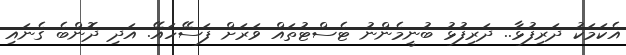
އެކަމަކު ދަރިފުޅާ.. ދަރިފުޅު ބުނީމެންނު ޓެސްޓުތައް ވަރަށް ފަސޭހައޭ. އަދި ދޮންބެ ގެނައި